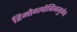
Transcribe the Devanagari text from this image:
हिमोग्लोबिनमुळेच